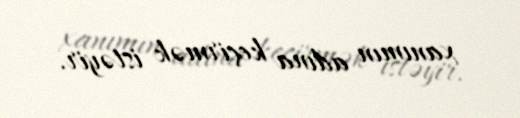
xanımın adına keçirmək istəyir.